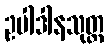
ဥပါဒါနသုတ္တ